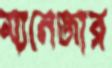
ম্যনেজার